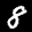
Label: 8